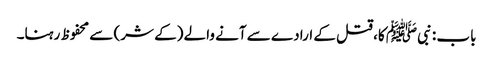
باب : نبیﷺ کا، قتل کے ارادے سے آنے والے (کے شر) سے محفوظ رہنا۔